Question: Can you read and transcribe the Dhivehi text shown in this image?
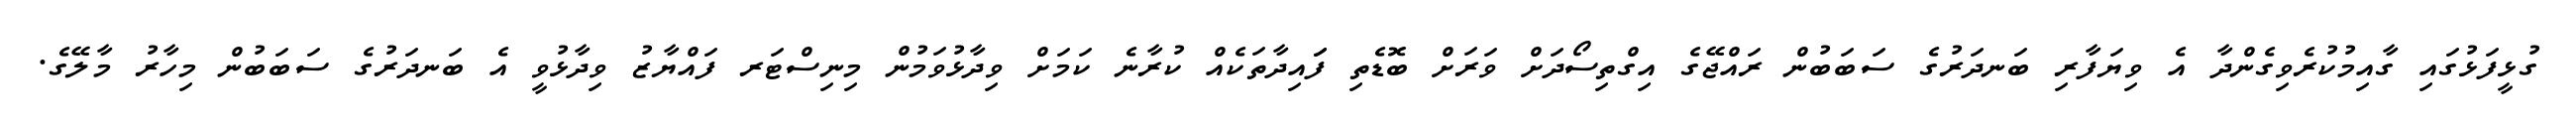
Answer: ގުޅީފަޅުގައި ގާއިމުކުރެވިގެންދާ އެ ވިޔަފާރި ބަނދަރުގެ ސަބަބުން ރައްޖޭގެ އިގްތިސޯދަށް ވަރަށް ބޮޑެތި ފަައިދާތަކެއް ކުރާނެ ކަމަށް ވިދާޅުވަމުން މިނިސްޓަރ ފައްޔާޒު ވިދާޅުވީ އެ ބަނދަރުގެ ސަބަބުން މިހާރު މާލޭގެ.